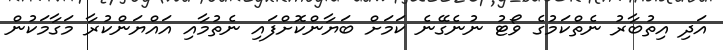
އަދި އިތުބާރު ނެތްކަމުގެ ވޯޓު ނުނެގޭނެ ކަމަށް ބަޔާންކޮށްފައި ނެތުމާއި އައްޔަންކުރާ މަގާމަކުން